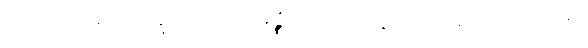
အာဒိ၊ တည်း။ ဣဒံ၊ ကား။ မဇ္ဈံတည်း။ ဣတိ၊ သို့။ ပမာဏံ၊ ကို။